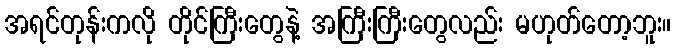
အရင်တုန်းကလို တိုင်ကြီးတွေနဲ့ အကြီးကြီးတွေလည်း မဟုတ်တော့ဘူး။